Annual report of the Punjab Veterinary College and of the Civil Veterinary Department, Punjab - 1909-1919
Year: 1909
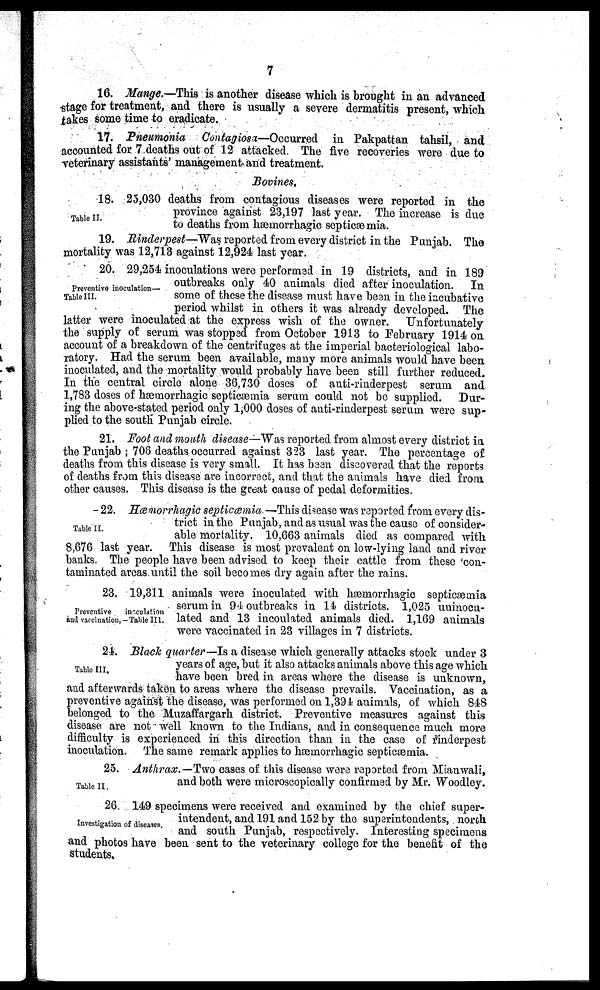
7
16. Mange.—This is another disease which is brought in an advanced
stage for treatment, and there is usually a severe dermatitis present, which
takes some time to eradicate.
17. Pneumonia
Contagiosa—Occurred
in Pakpattan tahsil, and
accounted for 7 deaths out of 12 attacked. The five recoveries were due to
veterinary assistants' management and treatment.
Bovines.
Table II.
18. 25,030 deaths from contagious diseases were reported in the
province against 23,197 last year. The increase is clue
to deaths from hæmorrhagic septicæmia.
19. Rinderpest—Was reported from every district in the Punjab. The
mortality was 12,713 against 12,924 last year.
Preventive inoculation—
Table III.
20. 29,254 inoculations were performed in 19 districts, and in 189
outbreaks only 40 animals died after inoculation.
In
some of these the disease must have been in the incubative
period whilst in others it was already developed. The
latter were inoculated at the express wish of the owner.
Unfortunately
the supply of serum was stopped from October 1913 to February 1914 on
account of a breakdown of the centrifuges at the imperial bacteriological labo-
ratory. Had the serum been available, many more animals would have been
inoculated, and the mortality would probably have been still further reduced.
In the central circle alone 38,730 doses of anti-rinderpest serum and
1,783 doses of hæmorrhagic septicæmia serum could not be supplied.
Dur-
ing the above-stated period only 1,000 doses of anti-rinderpest serum were sup-
plied to the south Punjab circle.
21. Foot and mouth disease—Was reported from almost every district in
the Punjab; 706 deaths occurred against 323 last year. The percentage of
deaths from this disease is very small. It has been discovered that the reports
of deaths from this disease are incorrect, and that the animals have died from
other causes. This disease is the great cause of pedal deformities.
Table II.
22. Hœmorrhagic septicœmia.—This disease was reported from every dis-
trict in the Punjab, and as usual was the cause of consider-
able mortality. 10,663 animals died as compared with
8,676 last year. This disease is most prevalent on low-lying land and river
banks. The people have been advised to keep their cattle from these 'con-
taminated areas until the soil becomes dry again after the rains.
Preventive
inoculation
and vaccination, — Table III.
23. 19,311 animals were inoculated with hæmorrhagic septicæmia
serum in 94 outbreaks in 14 districts. 1,025 uninocu-
lated and 13 incoulated animals died. 1,169 animals
were vaccinated in 23 villages in 7 districts.
Table III.
24. Black quarter—Is a disease which generally attacks stock under 3
years of age, but it also attacks animals above this age which
have been bred in areas where the disease is unknown,
and afterwards taken to areas where the disease prevails. Vaccination, as a
preventive against the disease, was performed on 1,394 animals, of which 848
belonged to the Muzaffargarh district. Preventive measures against this
disease are not well known to the Indians, and in consequence much more
difficulty is experienced in this direction than in the case of rinderpest
inoculation. The same remark applies to hæmorrhagic septicæmia.
Table II.
25. Anthrax.—-Two cases of this disease were reported from Mianwali,
and both were microscopically confirmed by Mr. Woodley.
Investigation of diseases.
26. 149 specimens were received and examined by the chief super-
intendent, and 191 and 152 by the superintendents, north
and south Punjab, respectively. Interesting specimens
and photos have been sent to the veterinary college for the benefit of the
students.